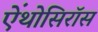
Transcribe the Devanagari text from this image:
ऐंथोसिरॉस